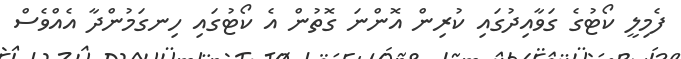
ފެމިލީ ކޯޓުގެ ގަވާއިދުގައި ކުރިން އޮންނަ ގޮތުން އެ ކޯޓުގައި ހިނގަމުންދާ އެއްވެސް